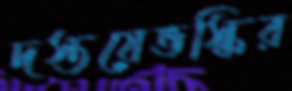
দস্তয়েভস্কির